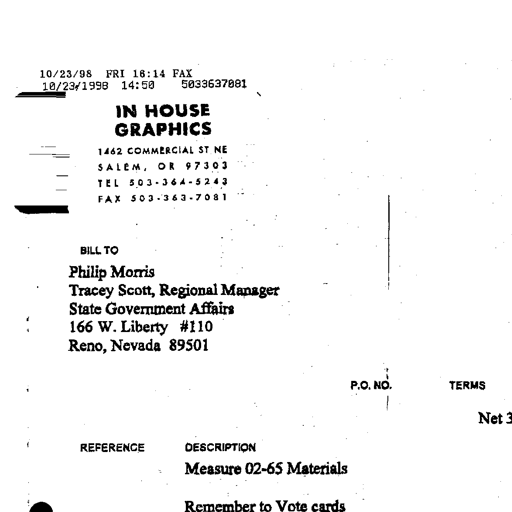
10/23/98 FRI 16:14 FAX
10/23/1998 14:50 5033637081
IN HOUSE
GRAPHICS
1462 COMMERCIAL ST NE
SALEM, OR 97303
TEL 503-364-5243
FAX 503-363-7081
BILL TO
Philip Morris
Tracey Scott, Regional Manager
State Government Affairs
166 W. Liberty #110
Reno, Nevada 89501
P.O. NO. TERMS
Net 3
REFERENCE DESCRIPTION
Measure 02-65 Materials
Remember to Vote cards